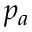
p _ { a }